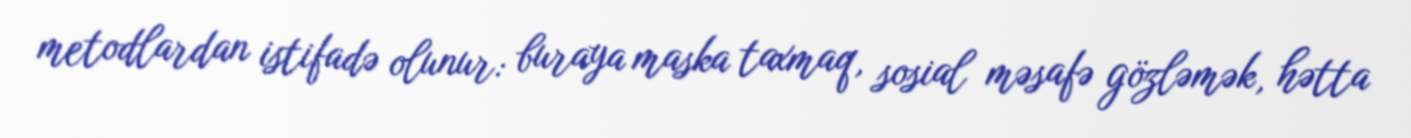
metodlardan istifadə olunur: buraya maska taxmaq, sosial məsafə gözləmək, hətta